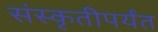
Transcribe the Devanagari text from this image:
संस्कृतीपर्यंत